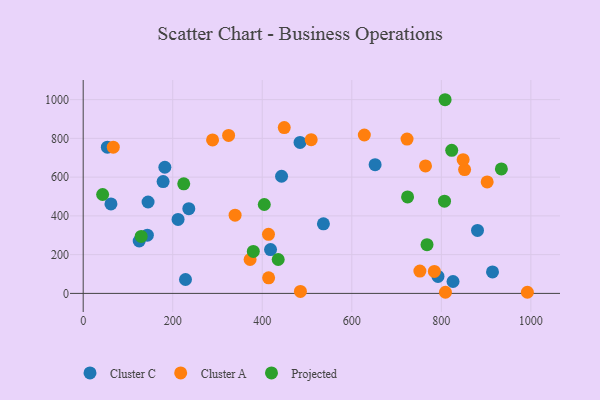
{"axis": {"x": "Ad Spend", "y": "Exam Score"}, "legend": ["Cluster A", "Cluster C", "Projected"], "data": [{"x": "652.1", "y": 664.2, "type": "Cluster C"}, {"x": "182.4", "y": 650.9, "type": "Cluster C"}, {"x": "211.9", "y": 381.5, "type": "Cluster C"}, {"x": "62.0", "y": 461.7, "type": "Cluster C"}, {"x": "536.6", "y": 359.0, "type": "Cluster C"}, {"x": "914.3", "y": 110.9, "type": "Cluster C"}, {"x": "826.1", "y": 61.4, "type": "Cluster C"}, {"x": "235.9", "y": 437.4, "type": "Cluster C"}, {"x": "54.0", "y": 754.7, "type": "Cluster C"}, {"x": "143.3", "y": 300.5, "type": "Cluster C"}, {"x": "178.5", "y": 577.2, "type": "Cluster C"}, {"x": "418.5", "y": 226.2, "type": "Cluster C"}, {"x": "443.1", "y": 604.4, "type": "Cluster C"}, {"x": "880.8", "y": 325.1, "type": "Cluster C"}, {"x": "144.9", "y": 471.6, "type": "Cluster C"}, {"x": "792.5", "y": 87.8, "type": "Cluster C"}, {"x": "484.4", "y": 779.1, "type": "Cluster C"}, {"x": "228.5", "y": 71.8, "type": "Cluster C"}, {"x": "125.1", "y": 270.5, "type": "Cluster C"}, {"x": "449.1", "y": 855.5, "type": "Cluster A"}, {"x": "414.2", "y": 80.6, "type": "Cluster A"}, {"x": "339.3", "y": 403.9, "type": "Cluster A"}, {"x": "809.2", "y": 5.9, "type": "Cluster A"}, {"x": "509.3", "y": 793.1, "type": "Cluster A"}, {"x": "289.0", "y": 792.1, "type": "Cluster A"}, {"x": "324.8", "y": 815.4, "type": "Cluster A"}, {"x": "852.0", "y": 638.8, "type": "Cluster A"}, {"x": "752.1", "y": 115.1, "type": "Cluster A"}, {"x": "992.2", "y": 5.8, "type": "Cluster A"}, {"x": "413.9", "y": 305.0, "type": "Cluster A"}, {"x": "372.8", "y": 175.0, "type": "Cluster A"}, {"x": "485.2", "y": 10.4, "type": "Cluster A"}, {"x": "848.7", "y": 690.1, "type": "Cluster A"}, {"x": "902.4", "y": 575.4, "type": "Cluster A"}, {"x": "723.4", "y": 796.4, "type": "Cluster A"}, {"x": "784.4", "y": 113.2, "type": "Cluster A"}, {"x": "628.0", "y": 817.4, "type": "Cluster A"}, {"x": "67.2", "y": 754.3, "type": "Cluster A"}, {"x": "764.6", "y": 657.9, "type": "Cluster A"}, {"x": "224.6", "y": 565.6, "type": "Projected"}, {"x": "43.4", "y": 510.4, "type": "Projected"}, {"x": "807.1", "y": 475.9, "type": "Projected"}, {"x": "934.1", "y": 642.1, "type": "Projected"}, {"x": "129.5", "y": 294.0, "type": "Projected"}, {"x": "808.4", "y": 999.4, "type": "Projected"}, {"x": "435.6", "y": 174.9, "type": "Projected"}, {"x": "404.5", "y": 458.8, "type": "Projected"}, {"x": "823.2", "y": 738.1, "type": "Projected"}, {"x": "768.0", "y": 251.3, "type": "Projected"}, {"x": "380.0", "y": 216.7, "type": "Projected"}, {"x": "724.6", "y": 497.8, "type": "Projected"}]}